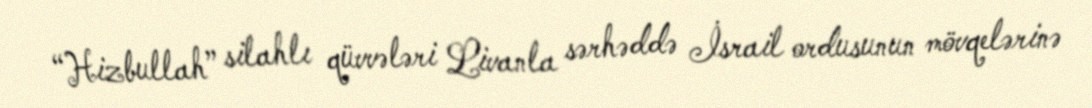
“Hizbullah” silahlı qüvvələri Livanla sərhəddə İsrail ordusunun mövqelərinə